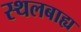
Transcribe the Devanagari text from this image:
स्थलबाह्य